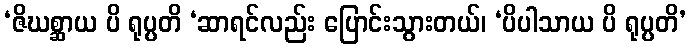
‘ဇိဃစ္ဆာယ ပိ ရုပ္ပတိ ‘ဆာရင်လည်း ပြောင်းသွားတယ်၊ ‘ပိပါသာယ ပိ ရုပ္ပတိ’